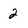
Character: 2